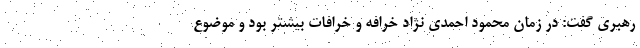
رهبری گفت: در زمان محمود احمدی نژاد خرافه و خرافات بیشتر بود و موضوع